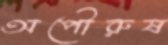
অপৌরুষ